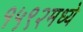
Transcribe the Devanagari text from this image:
१५९२मध्ये